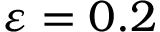
\varepsilon = 0 . 2